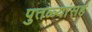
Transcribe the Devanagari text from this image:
पुतळ्यांसह